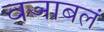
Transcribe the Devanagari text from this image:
वञाबलं